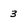
Character: 3